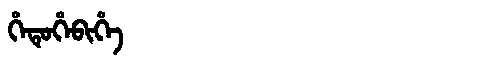
Manchu: ᡥᡝᡨᡠᡥᡝᠪᡳᡥᡝ
Romanization: HETUHEBIHE